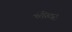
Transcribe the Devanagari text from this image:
कोरेट्टा